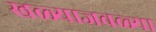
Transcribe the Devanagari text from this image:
खळ्याजवळ्या